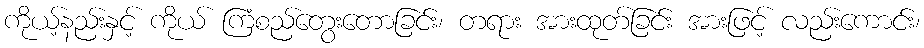
ကိုယ့်နည်းနှင့် ကိုယ် ကြံစည်တွေးတောခြင်း၊ တရား အားထုတ်ခြင်း အားဖြင့် လည်းကောင်း၊